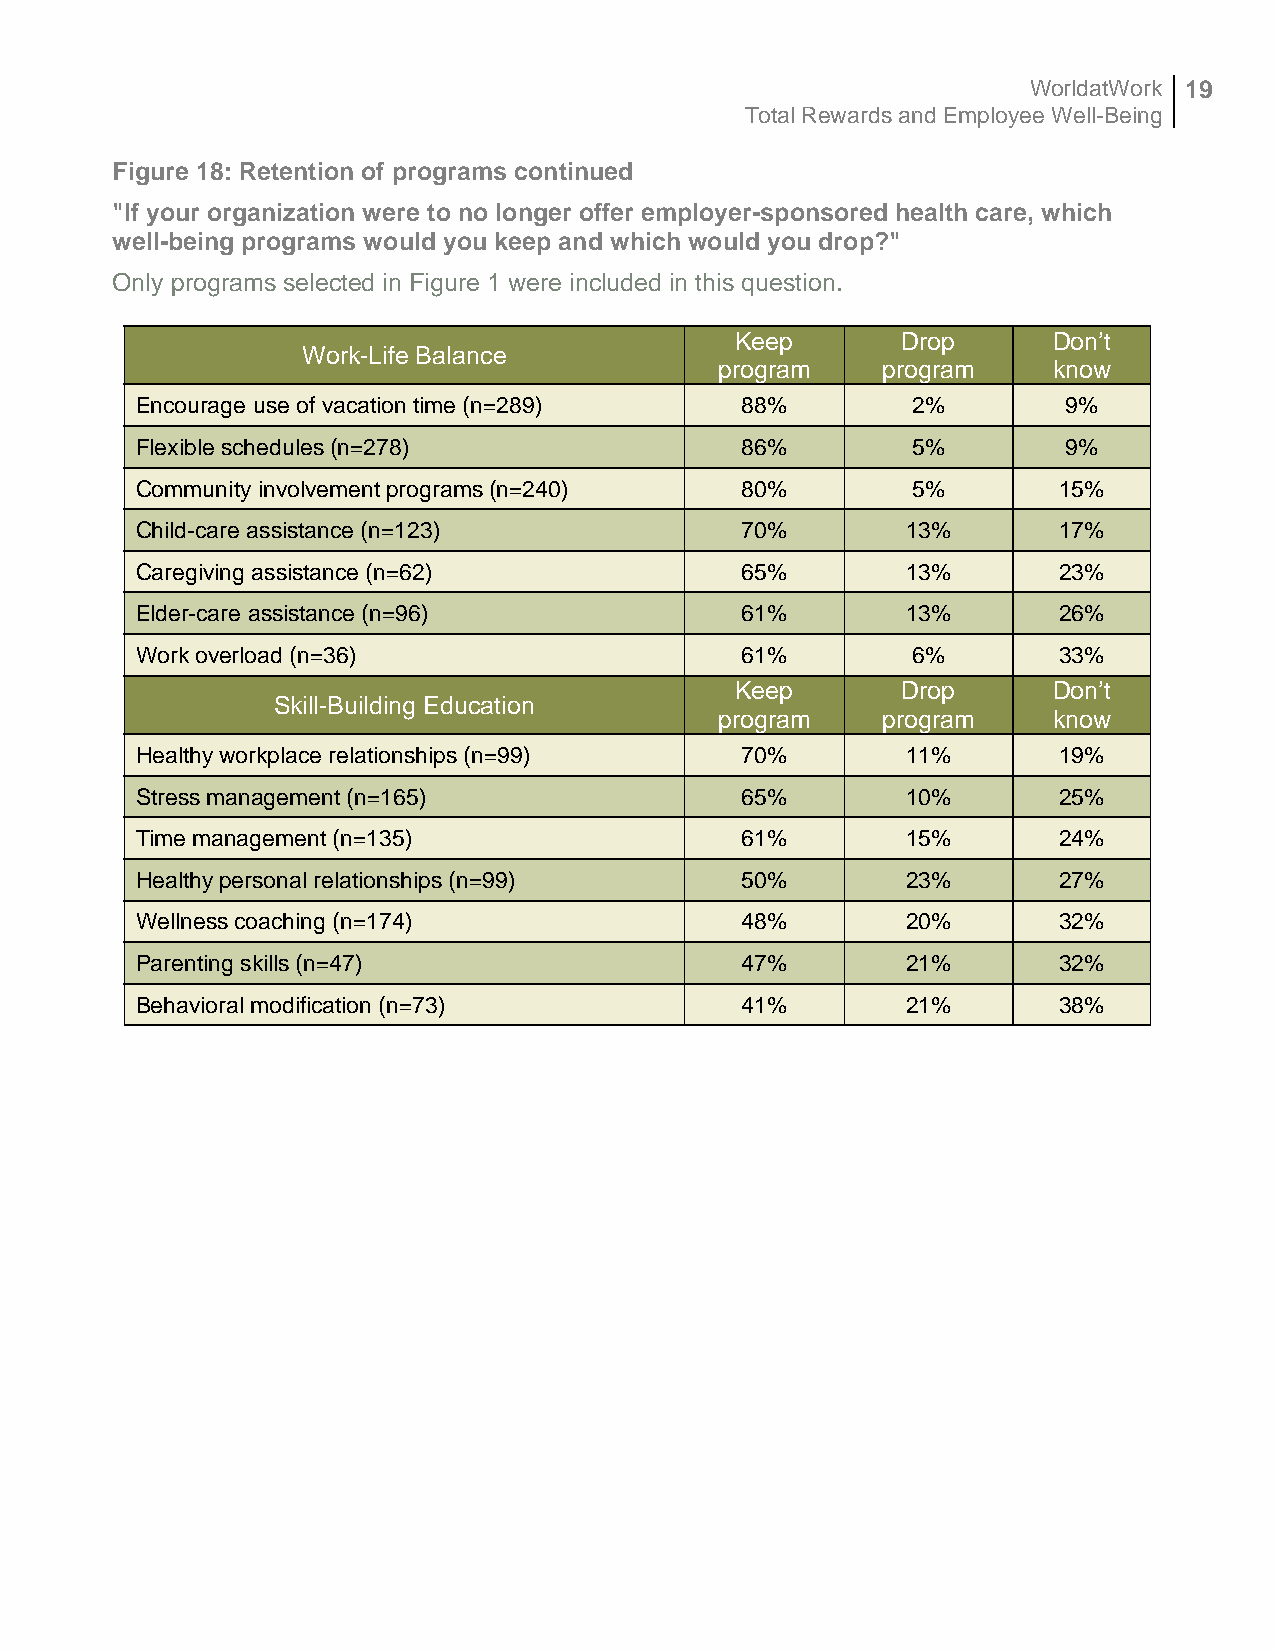
WorldatWork 19
 Total Rewards and Employee Well-Being
 Figure 18: Retention of programs continued
 "If your organization were to no longer offer employer-sponsored health care, which
 well-being programs would you keep and which would you drop?"
 Only programs selected in Figure 1 were included in this question.
 Keep       Drop      Don’t
 Work-Life Balance
 program   program     know
 Encourage use of vacation time (n=289)  88%        2%         9%
 Flexible schedules (n=278)              86%        5%         9%
 Community involvement programs (n=240)  80%        5%        15%
 Child-care assistance (n=123)           70%        13%       17%
 Caregiving assistance (n=62)            65%        13%       23%
 Elder-care assistance (n=96)            61%        13%       26%
 Work overload (n=36)                    61%        6%        33%
 Keep       Drop      Don’t
 Skill-Building Education
 program   program     know
 Healthy workplace relationships (n=99)  70%        11%       19%
 Stress management (n=165)               65%        10%       25%
 Time management (n=135)                 61%        15%       24%
 Healthy personal relationships (n=99)   50%        23%       27%
 Wellness coaching (n=174)               48%        20%       32%
 Parenting skills (n=47)                 47%        21%       32%
 Behavioral modification (n=73)          41%        21%       38%